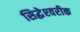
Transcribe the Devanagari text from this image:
सिद्धेश्‍वरीक